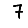
Digit: 7